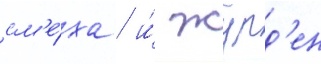
см'е́ха / и́ журд'ен